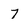
Character: 7